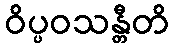
ဝိပ္ပဝသန္တီတိ